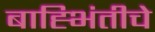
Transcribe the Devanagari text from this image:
बाह्भिंतीचे